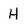
Character: H